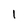
Character: 1